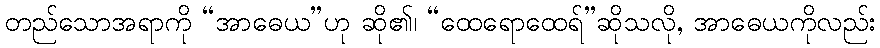
တည်သောအရာကို “အာဓေယ”ဟု ဆို၏၊ “ထေရောထေရ်”ဆိုသလို, အာဓေယကိုလည်း